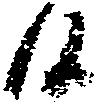
候